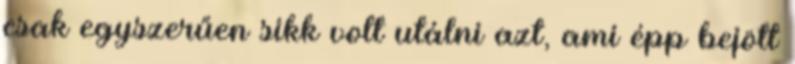
csak egyszerűen sikk volt utálni azt, ami épp bejött